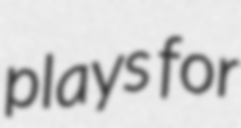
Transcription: plays for